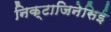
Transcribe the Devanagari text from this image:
निक्टाजिनेसिई